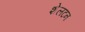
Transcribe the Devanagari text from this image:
शेलटन